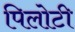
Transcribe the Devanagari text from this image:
पिलोटी